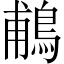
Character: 鵏